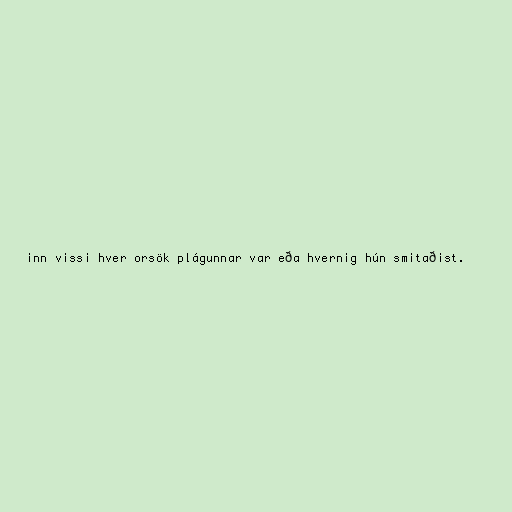
inn vissi hver orsök plágunnar var eða hvernig hún smitaðist.